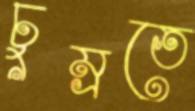
চুম্‌রতে